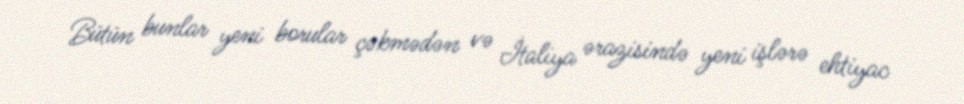
Bütün bunlar yeni borular çəkmədən və İtaliya ərazisində yeni işlərə ehtiyac